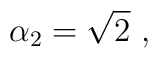
\alpha_2  = \sqrt{2}\ ,